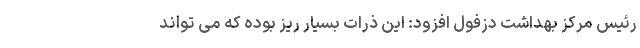
رئیس مرکز بهداشت دزفول افزود: این ذرات بسیار ریز بوده که می تواند